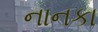
નાનકા